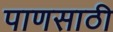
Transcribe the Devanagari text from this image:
पाणसाठी